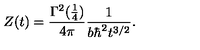
Z ( t ) = { \frac { \Gamma ^ { 2 } ( { \frac { 1 } { 4 } } ) } { 4 \pi } } { \frac { 1 } { b \hbar ^ { 2 } t ^ { 3 / 2 } } } .